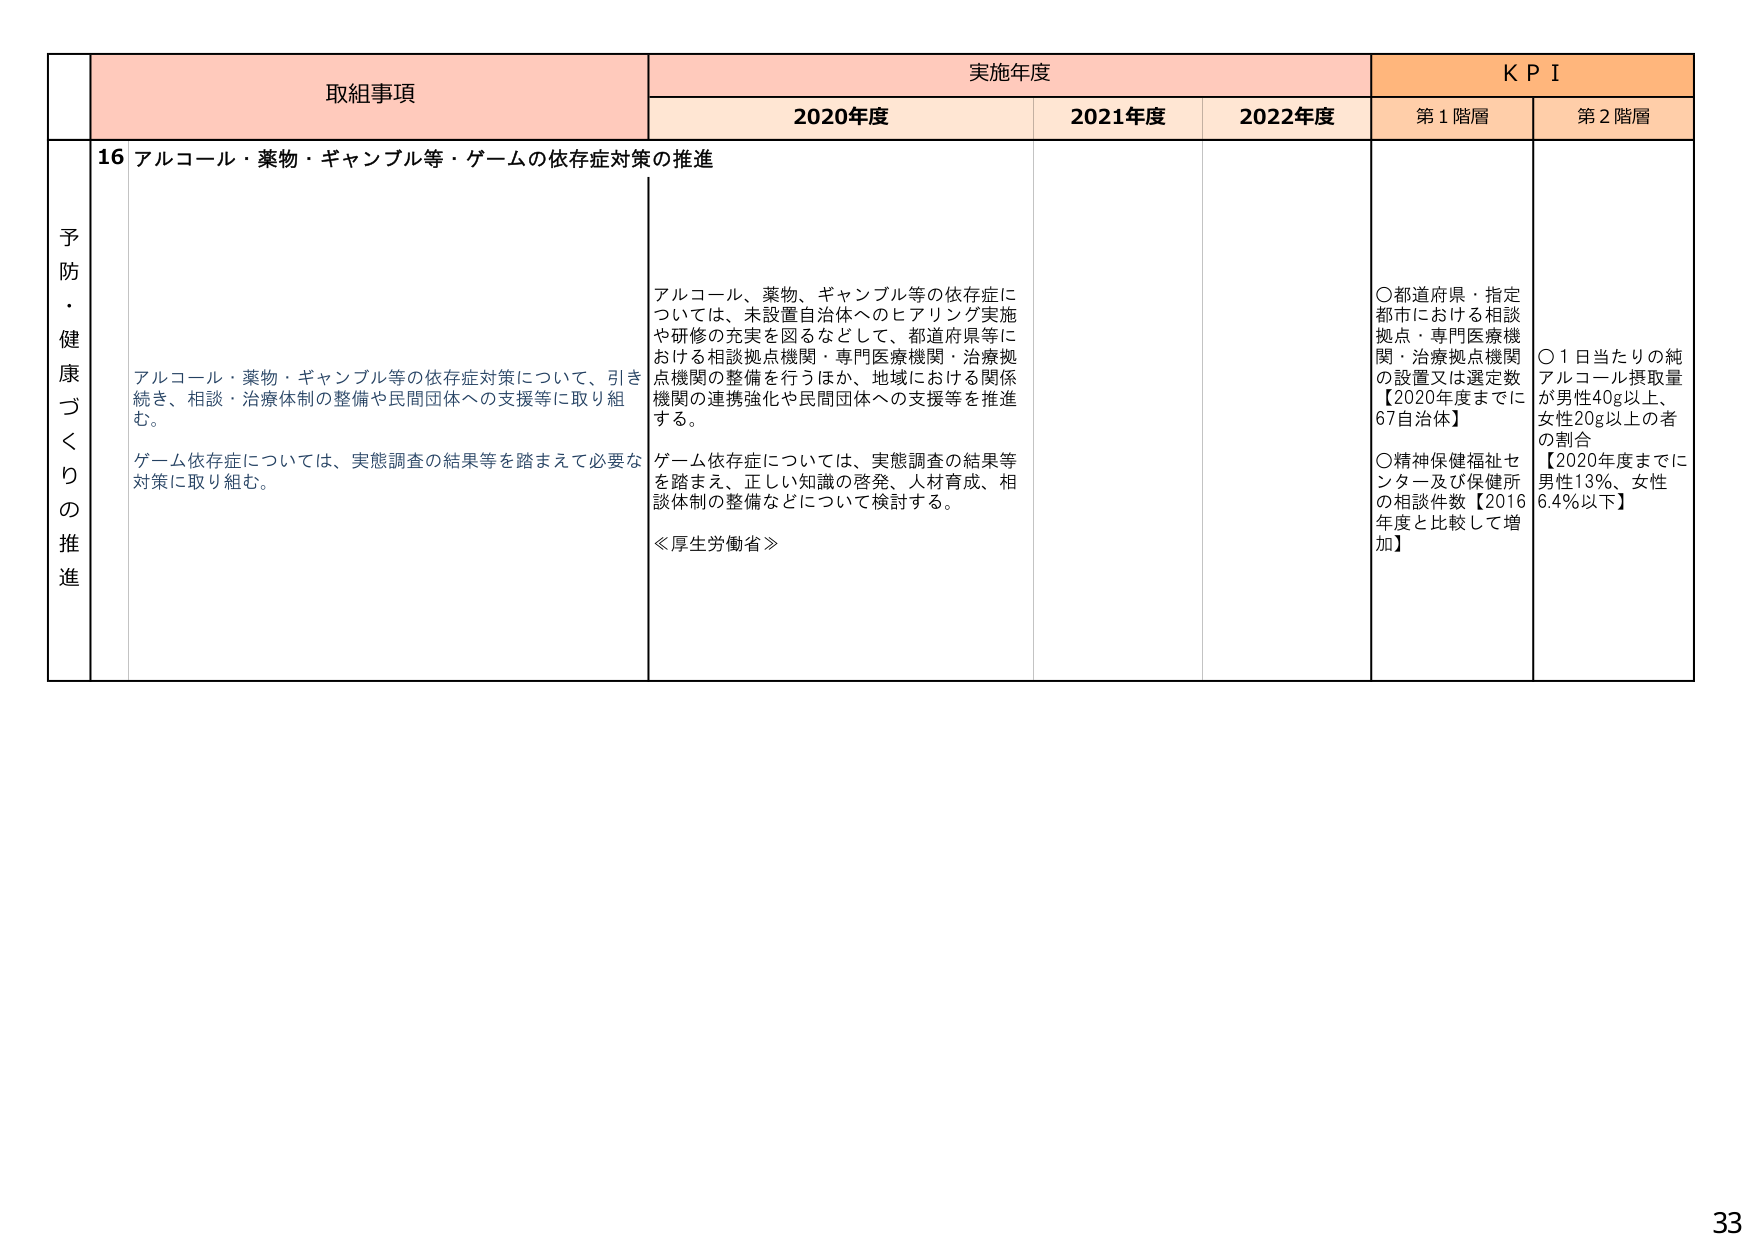
予防・健康づくりの推進

取組事項
16 アルコール・薬物・ギャンブル等・ゲームの依存症対策の推進

アルコール・薬物・ギャンブル等の依存症対策について、引き続き、相談・治療体制の整備や民間団体への支援等に取り組む。

ゲーム依存症については、実態調査の結果等を踏まえて必要な対策に取り組む。

実施年度
2020年度
アルコール、薬物、ギャンブル等の依存症については、未設置自治体へのヒアリング実施や研修の充実を図るなどして、都道府県等における相談拠点機関・専門医療機関・治療拠点機関の整備を行うほか、地域における関係機関の連携強化や民間団体への支援等を推進する。

ゲーム依存症については、実態調査の結果等を踏まえ、正しい知識の啓発、人材育成、相談体制の整備などについて検討する。

≪厚生労働省≫

2021年度

2022年度

KPI
第1階層
○都道府県・指定都市における相談拠点・専門医療機関・治療拠点機関の設置又は選定数【2020年度までに67自治体】
○精神保健福祉センター及び保健所の相談件数【2016年度と比較して増加】

第2階層
○1日当たりの純アルコール摂取量が男性40g以上、女性20g以上の者の割合【2020年度までに男性13％、女性6.4％以下】

33